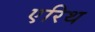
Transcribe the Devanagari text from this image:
एरिथ